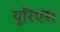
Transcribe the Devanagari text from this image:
यूरिएस